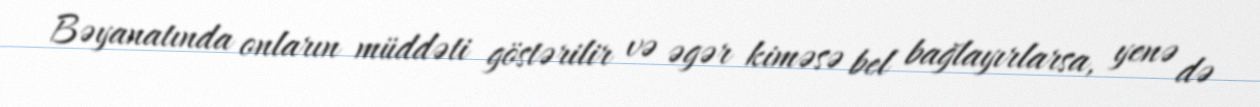
Bəyanatında onların müddəti göstərilir və əgər kiməsə bel bağlayırlarsa, yenə də